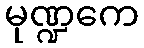
မုဏ္ဍကေ